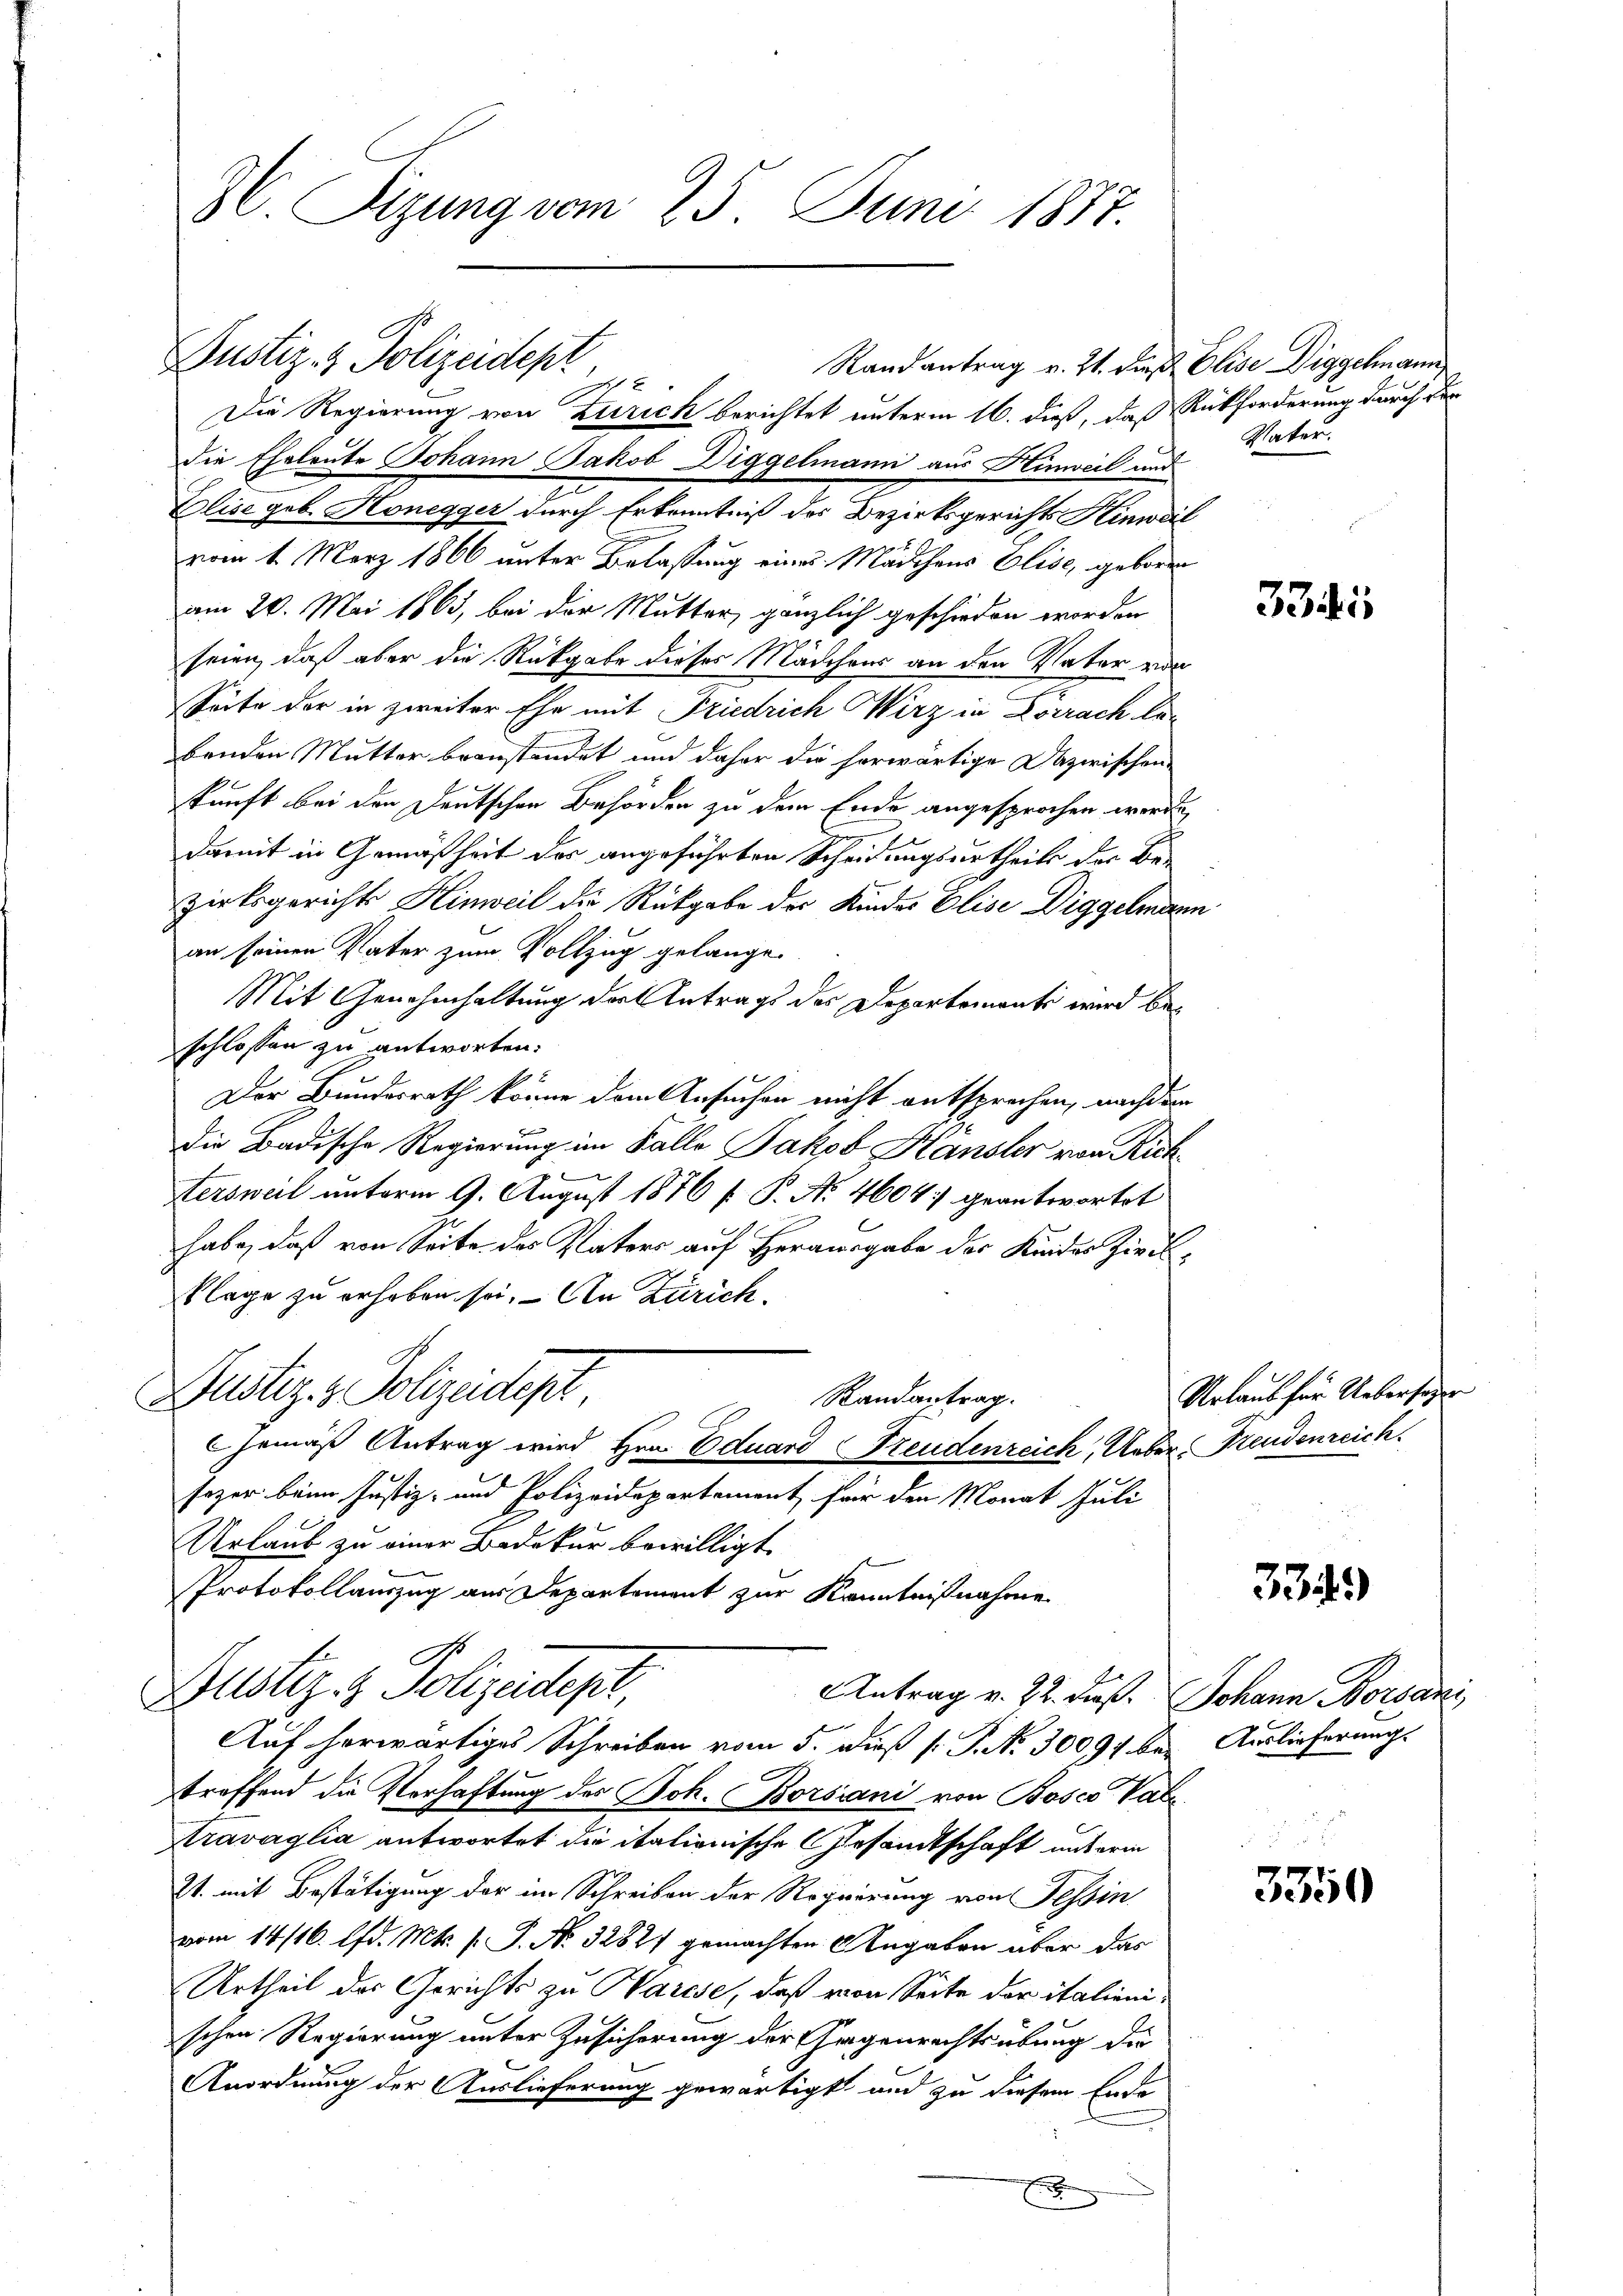
3. Sizung vom 25. Juni 1877.

Die Regierung von Zürich berichtet unterm 16. dieß, das Rückforderung durch der
die Eheleute Johann Jakob Diggelmann aus Hinweil und
Elise geb. Honegger durch Erkenntniß des Bezirksgerichts Hinweil
vom 1. März 1866 unter Belassung eines Mädchens Elise, geboren
am 20. Mai 1863, bei der Mutter, gänzlich geschieden worden
seien, daß aber die Rückgabe dieses Mädchens an den Vater vor
Seite der in zweiter Ehe mit Friedrich Wirz in Estrach lebenden Mutter beanstandet und daher die herwärtige Dazwischen
kunft bei den Deutschen Behörden zu dem Ende angesprochen werde,
damit in Gemäßheit des angeführten Scheidungsurtheile der Be-
zirksgerichts Hinweil die Rückgabe der Kinder Elise Diggelmann
an seinen Vater zum Vollzug gelange.
Mit Genehmhaltung der Antrags des Departementi wird beschlossen zu antworten:
Der Bundesrath könne dem Ansuchen nicht entsprechen, nachdem
c
die Badische Regierung im Falle Jakob Hansler von Rich¬

tersweil unterm 9. August 1876 f. P. No 4604) geantwortet
habe, daß von Seite des Vaters auf Herausgabe der Kinder Zivilklage zu erhoben sei. Den Zürich¬
Dustiz- & Polizeidept
Randantrag.
Gemäß Antrag wird Hrn. Eduard Freudenzeich, Ueber Freudenreich.
sozer beim Justiz- und Polizeidepartement für den Monat Juli
Urlaub zu einer Bedekur bewilligt
Protokollauszug aus Departement zur Kenntnißnahme
Justiz- & Polizeidept,
Antrag v. 22. dieß. Johann Nordani
Auf herwärtiges Schreiben vom 5. Dieß P. P. No. 30091 bei Auslieferungs
treffend die Verhaftung des Joh. Borsiani von Bosco Vate
Ktravaglia antwortet die italionische Gesandtschaft unterm
21. mit Bestätigung der im Schreiben der Regierung von Tessin
vom 14/16. d. Mts. v. J. No. 32827 gemachten Angaben aber das
Urtheil der Gerichts zu Marese, daß von Seite der italienischen Regierung unter Zusicherung der Gegenrechtsübung de
e
Anordnung der Auslieferung gewärtigt und zu diesem Ende
f

Justiz- & Polizeidept

Stand antrag v. Zt. die Elise Diggehmann

Vater.

3341

Urlaub für Uebersagen

3349)

3350